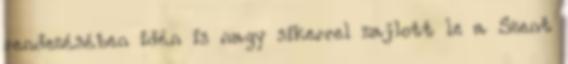
rendezésében idén is nagy sikerrel zajlott le a Szent